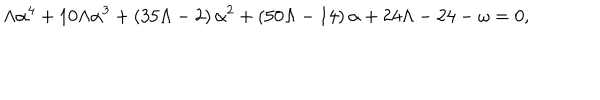
\Lambda \alpha ^ { 4 } + 1 0 \Lambda \alpha ^ { 3 } + \left( 3 5 \Lambda - 2 \right) \alpha ^ { 2 } + \left( 5 0 \Lambda - 1 4 \right) \alpha + 2 4 \Lambda - 2 4 - \omega = 0 ,